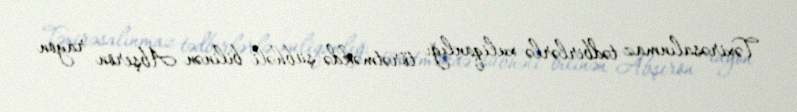
Təxirəsalınmaz tədbirlərlə xuliqanlığı törətməkdə şübhəli bilinən Abşeron rayon